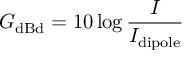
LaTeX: G _ { \mathrm { d B d } } = 1 0 \log { \frac { I } { I _ { \mathrm { d i p o l e } } } }